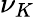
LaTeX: \nu_{K}